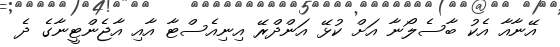
އޭނާއާ އެކު ބާސެލޯނާ އަށް ކުޅޭ އަންދްރޭ އިނިއެސްޓާ އާއި އާޖެންޓީނާގެ ދެ